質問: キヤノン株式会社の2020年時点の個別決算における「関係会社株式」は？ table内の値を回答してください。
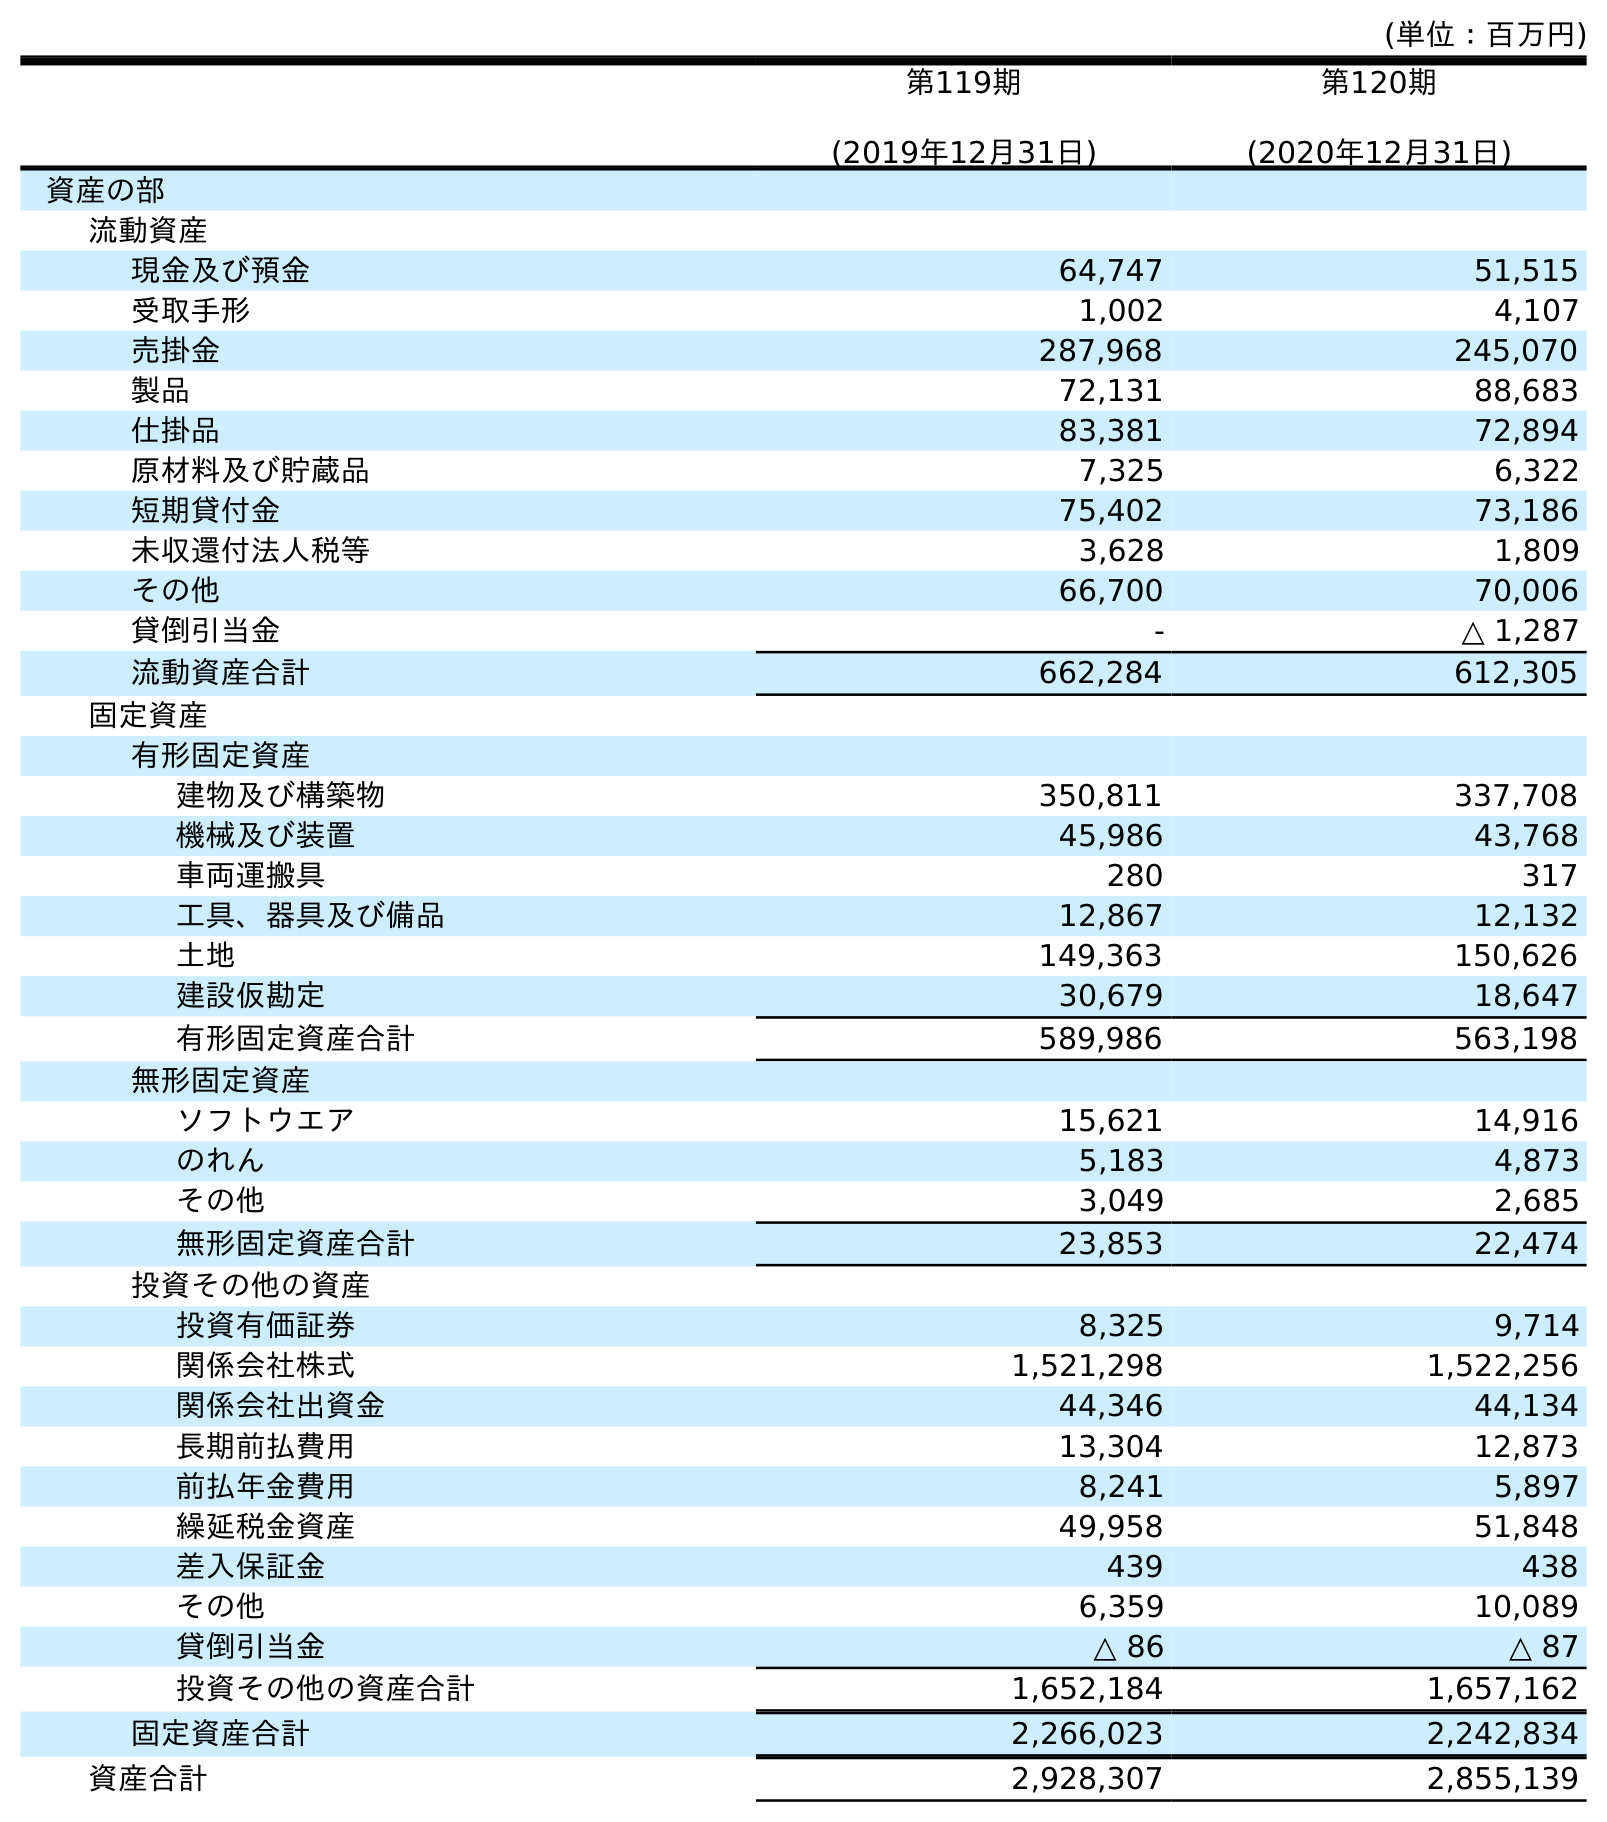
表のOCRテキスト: (単位：百万円) 第119期 (2019年12月31日) 第120期 (2020年12月31日) 資産の部 流動資産 現金及び預金 64,747 51,515 受取手形 1,002 4,107 売掛金 287,968 245,070 製品 72,131 88,683 仕掛品 83,381 72,894 原材料及び貯蔵品 7,325 6,322 短期貸付金 75,402 73,186 未収還付法人税等 3,628 1,809 その他 66,700 70,006 貸倒引当金 - △ 1,287 流動資産合計 662,284 612,305 固定資産 有形固定資産 建物及び構築物 350,811 337,708 機械及び装置 45,986 43,768 車両運搬具 280 317 工具、器具及び備品 12,867 12,132 土地 149,363 150,626 建設仮勘定 30,679 18,647 有形固定資産合計 589,986 563,198 無形固定資産 ソフトウエア 15,621 14,916 のれん 5,183 4,873 その他 3,049 2,685 無形固定資産合計 23,853 22,474 投資その他の資産 投資有価証券 8,325 9,714 関係会社株式 1,521,298 1,522,256 関係会社出資金 44,346 44,134 長期前払費用 13,304 12,873 前払年金費用 8,241 5,897 繰延税金資産 49,958 51,848 差入保証金 439 438 その他 6,359 10,089 貸倒引当金 △ 86 △ 87 投資その他の資産合計 1,652,184 1,657,162 固定資産合計 2,266,023 2,242,834 資産合計 2,928,307 2,855,139
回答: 1,522,256